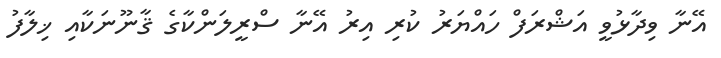
އޭނާ ވިދާޅުވީ އަޝްރަފް ހައްޔަރު ކުރި އިރު އޭނާ ސްރީލަންކާގެ ޤާނޫނަކާއި ޚިލާފު